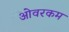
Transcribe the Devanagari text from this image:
ओवरकम